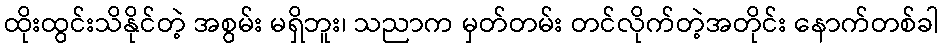
ထိုးထွင်းသိနိုင်တဲ့ အစွမ်း မရှိဘူး၊ သညာက မှတ်တမ်း တင်လိုက်တဲ့အတိုင်း နောက်တစ်ခါ